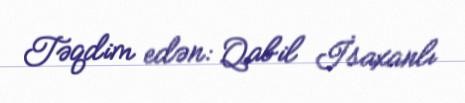
Təqdim edən: Qabil İsaxanlı